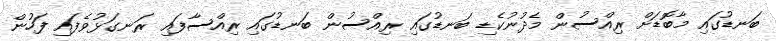
ބަނޑުގައި މާބޮޑަށް ރިއްސުން މެދުނުކެޑި ބަނޑުގައި ރިއްސުން ބަނޑުގައި ރިއްސާފައި ރަނގަޅުވެފައި ފަހުން